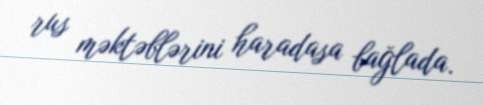
rus məktəblərini haradasa bağlada.